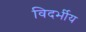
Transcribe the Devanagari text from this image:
विदर्भीय